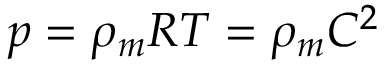
p = \rho _ { m } R T = \rho _ { m } C ^ { 2 }